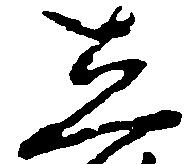
し